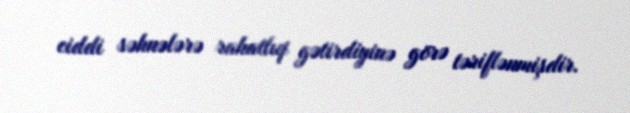
ciddi səhnələrə rahatlıq gətirdiyinə görə təriflənmişdir.